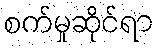
စက်မှုဆိုင်ရာ